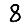
Digit: 8